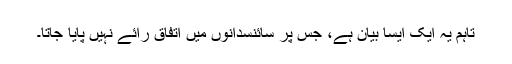
تاہم یہ ایک ایسا بیان ہے، جس پر سائنسدانوں میں اتفاقِ رائے نہیں پایا جاتا۔